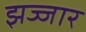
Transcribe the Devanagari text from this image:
झज्जार